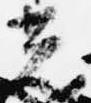
光